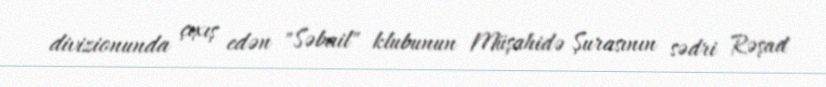
divizionunda çıxış edən "Səbail" klubunun Müşahidə Şurasının sədri Rəşad